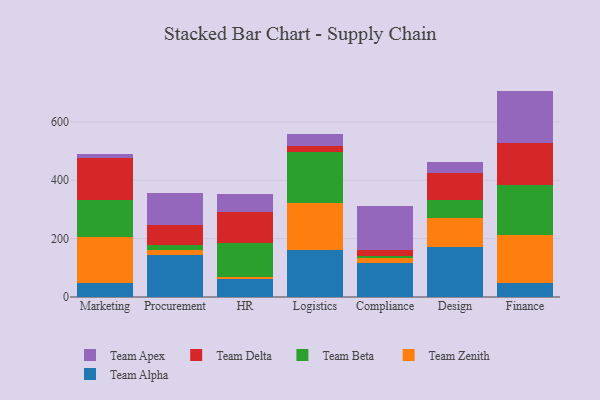
{"axis": {"x": "Department", "y": "Market Share (%)"}, "legend": ["Team Alpha", "Team Apex", "Team Beta", "Team Delta", "Team Zenith"], "data": [{"x": "Marketing", "y": 49.0, "type": "Team Alpha"}, {"x": "Marketing", "y": 158.1, "type": "Team Zenith"}, {"x": "Marketing", "y": 126.0, "type": "Team Beta"}, {"x": "Marketing", "y": 144.5, "type": "Team Delta"}, {"x": "Marketing", "y": 10.9, "type": "Team Apex"}, {"x": "Procurement", "y": 142.7, "type": "Team Alpha"}, {"x": "Procurement", "y": 17.7, "type": "Team Zenith"}, {"x": "Procurement", "y": 17.7, "type": "Team Beta"}, {"x": "Procurement", "y": 67.4, "type": "Team Delta"}, {"x": "Procurement", "y": 111.5, "type": "Team Apex"}, {"x": "HR", "y": 61.1, "type": "Team Alpha"}, {"x": "HR", "y": 7.1, "type": "Team Zenith"}, {"x": "HR", "y": 116.6, "type": "Team Beta"}, {"x": "HR", "y": 107.9, "type": "Team Delta"}, {"x": "HR", "y": 59.7, "type": "Team Apex"}, {"x": "Logistics", "y": 159.4, "type": "Team Alpha"}, {"x": "Logistics", "y": 163.9, "type": "Team Zenith"}, {"x": "Logistics", "y": 172.3, "type": "Team Beta"}, {"x": "Logistics", "y": 20.3, "type": "Team Delta"}, {"x": "Logistics", "y": 40.8, "type": "Team Apex"}, {"x": "Compliance", "y": 116.2, "type": "Team Alpha"}, {"x": "Compliance", "y": 15.7, "type": "Team Zenith"}, {"x": "Compliance", "y": 10.2, "type": "Team Beta"}, {"x": "Compliance", "y": 19.1, "type": "Team Delta"}, {"x": "Compliance", "y": 149.7, "type": "Team Apex"}, {"x": "Design", "y": 170.6, "type": "Team Alpha"}, {"x": "Design", "y": 98.6, "type": "Team Zenith"}, {"x": "Design", "y": 61.8, "type": "Team Beta"}, {"x": "Design", "y": 94.5, "type": "Team Delta"}, {"x": "Design", "y": 37.4, "type": "Team Apex"}, {"x": "Finance", "y": 49.2, "type": "Team Alpha"}, {"x": "Finance", "y": 162.7, "type": "Team Zenith"}, {"x": "Finance", "y": 170.9, "type": "Team Beta"}, {"x": "Finance", "y": 146.1, "type": "Team Delta"}, {"x": "Finance", "y": 177.1, "type": "Team Apex"}]}